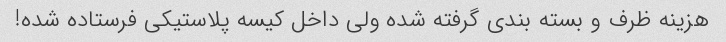
هزینه ظرف و بسته بندی گرفته شده ولی داخل کیسه پلاستیکی فرستاده شده!